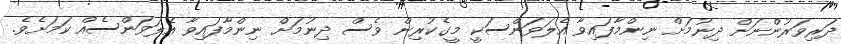
ދަރިވަރުންނަށް ދިނުމަށް ނިންމާފައިވާ އެލަވަންސަކީ މީގެކުރިން ވެސް ދިނުމަށް ނިންމާފައިވާ އެލަވަންސެއް ކަމަށެވެ.